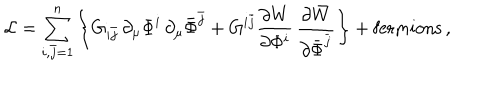
{ \cal L } = \sum _ { i , \bar { j } = 1 } ^ { n } \left\{ G _ { i \bar { j } } \, \partial _ { \mu } \Phi ^ { i } \, \partial _ { \mu } \bar { \Phi } ^ { \bar { j } } + G ^ { i \bar { j } } \frac { \partial { W } } { \partial \Phi ^ { i } } \, \frac { \partial \bar { W } } { \partial \bar { \Phi } ^ { \bar { j } } } \right\} + \mathrm { f e r m i o n s } \, ,